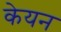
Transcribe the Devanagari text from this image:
केयन